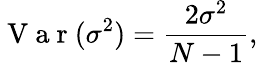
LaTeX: \mathrm{~V~a~r~}(\sigma^{2})=\frac{2\sigma^{2}}{N-1},